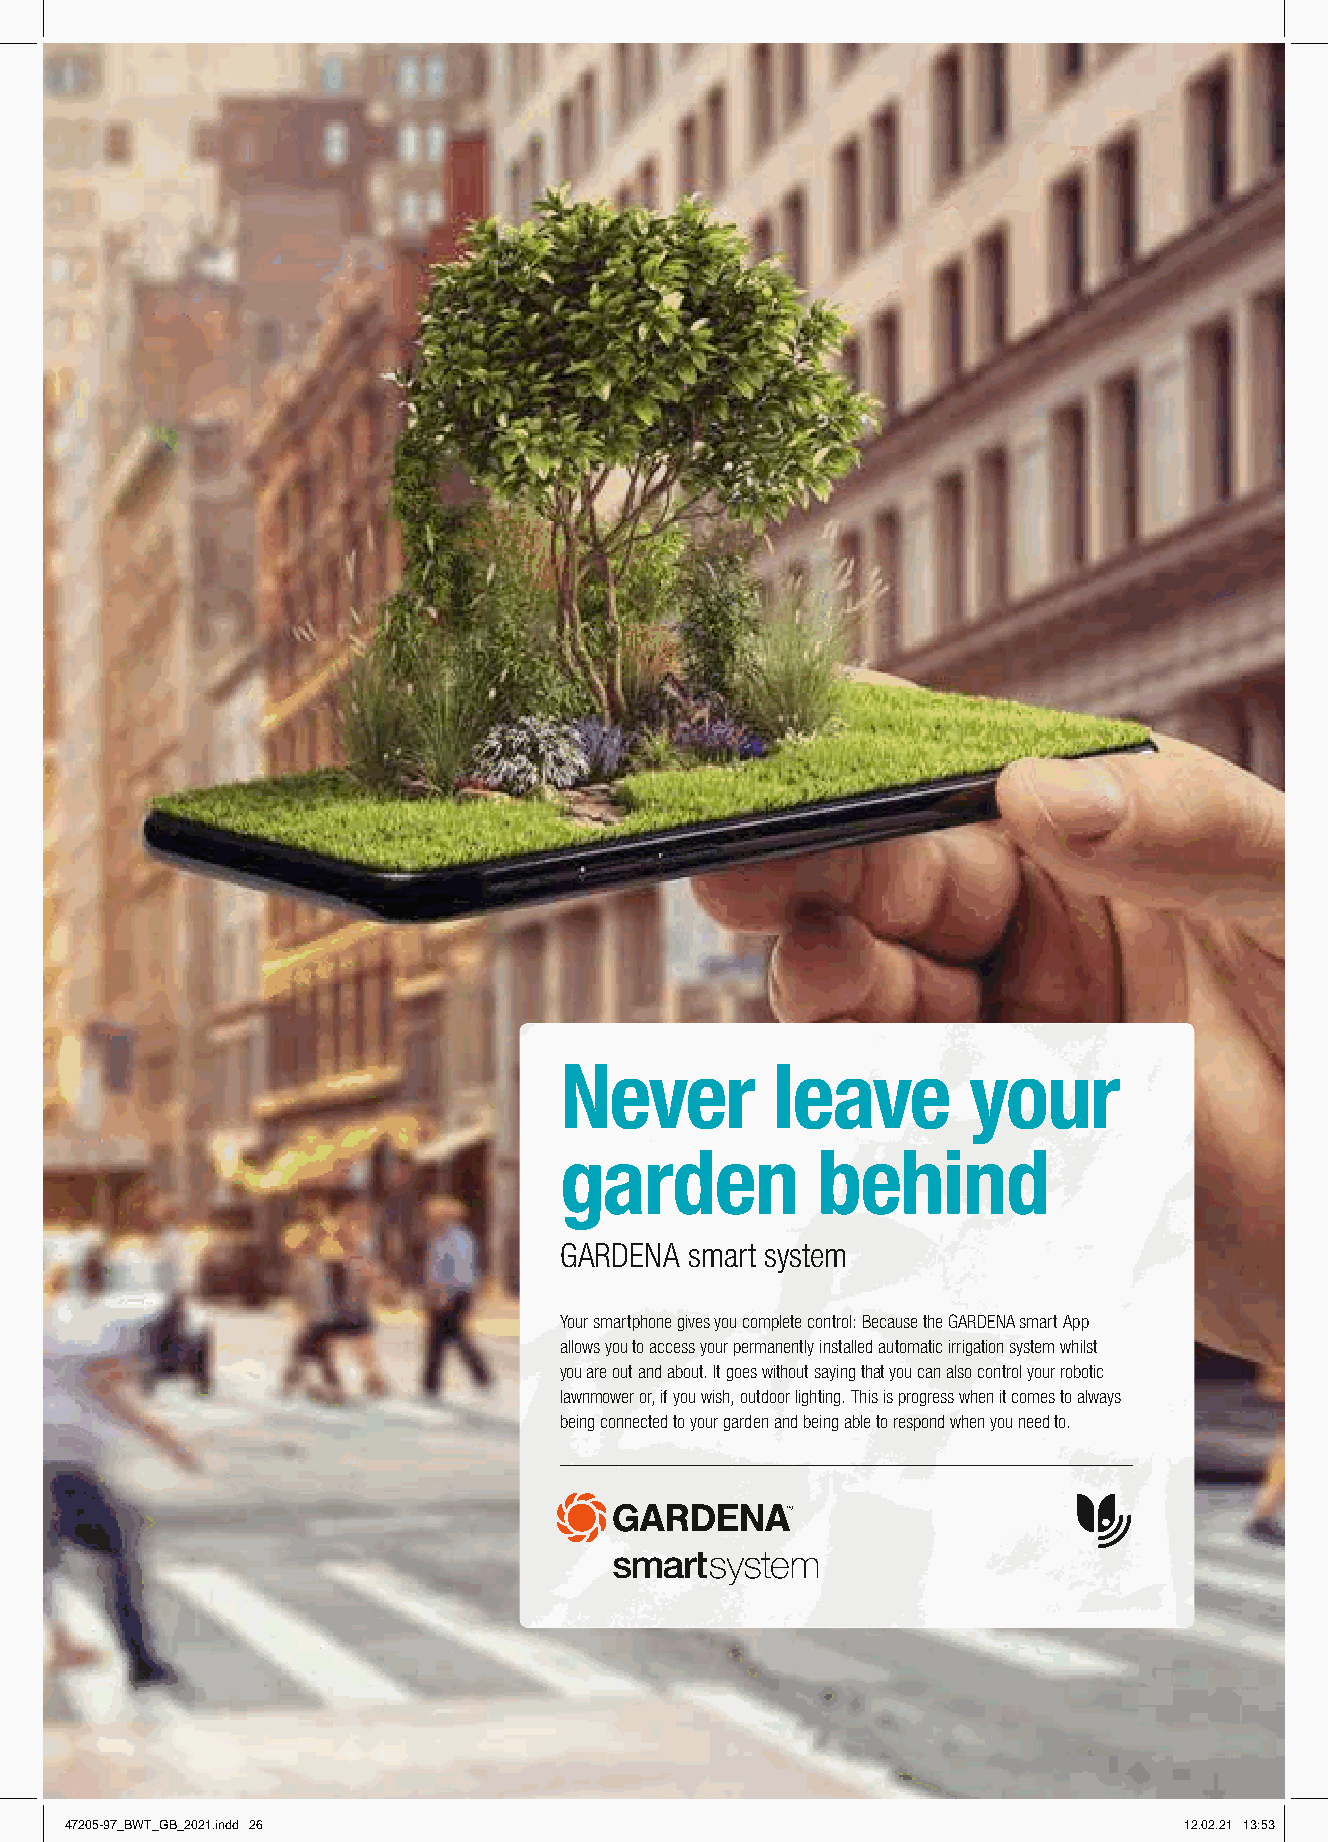
Never         leave        your
 garden           behind
 GARDENA  smart system
 Your smartphone gives you complete control: Because the GARDENA smart App
 allows you to access your permanently installed automatic irrigation system whilst
 you are out and about. It goes without saying that you can also control your robotic
 lawnmower or, if you wish, outdoor lighting. This is progress when it comes to always
 being connected to your garden and being able to respond when you need to.
 26                                                               smart system
 47205-97_BWT_GB_2021.indd 26                                              12.02.21 13:53